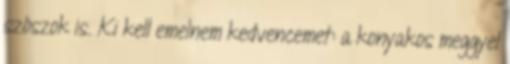
szószok is. Ki kell emelnem kedvencemet: a konyakos meggyel